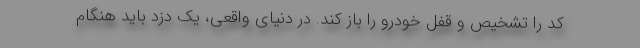
کد را تشخیص و قفل خودرو را باز کند. در دنیای واقعی، یک دزد باید هنگام